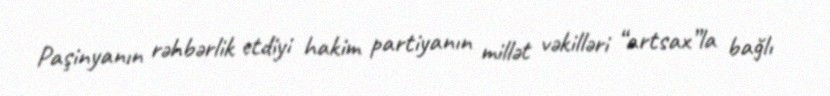
Paşinyanın rəhbərlik etdiyi hakim partiyanın millət vəkilləri “artsax”la bağlı